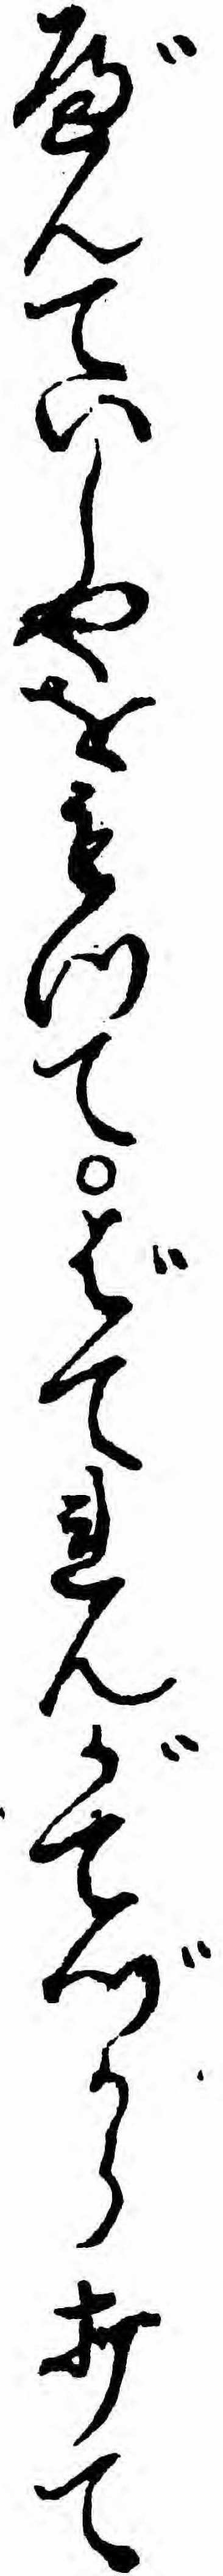
べんていしやをもつてばてれんがてづから打て